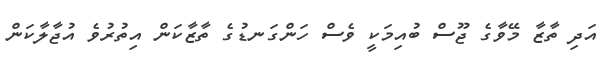
އަދި ތާޒާ މޭވާގެ ޖޫސް ބުއިމަކީ ވެސް ހަންގަނޑުގެ ތާޒާކަން އިތުރުވެ އުޖާލާކަން